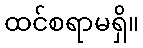
ထင်စရာမရှိ။